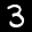
Label: 3